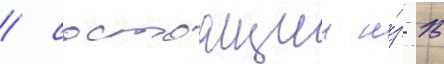
/ состоащии и́з 15